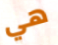
هي